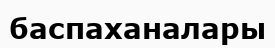
баспаханалары